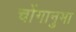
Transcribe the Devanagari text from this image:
चोंगानुमा